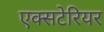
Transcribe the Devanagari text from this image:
एक्सटेरियर